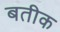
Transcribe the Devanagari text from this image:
बतीक